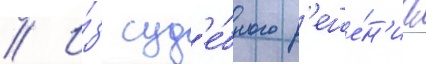
// И́з суд'е́бного р'еше́н'иа